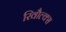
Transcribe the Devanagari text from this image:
रिवौल्क्स